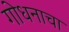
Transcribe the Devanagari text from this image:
गोधनाचा